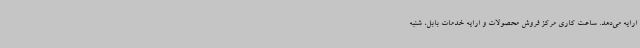
ارایه می‌دهد. ساعت کاری مرکز فروش محصولات و ارایه خدمات بابل، شنبه